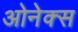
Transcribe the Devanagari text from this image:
ओनेक्स